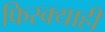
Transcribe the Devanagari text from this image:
फिरक्याही